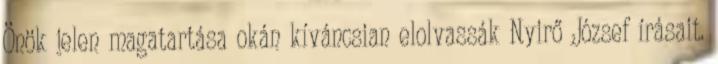
Önök jelen magatartása okán kíváncsian elolvassák Nyirő József írásait.